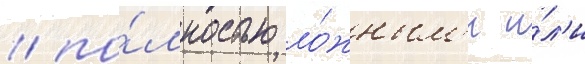
/ по́лностью ло́жным'и и́л'и